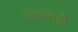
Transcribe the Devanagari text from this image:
अॅव्होगॅड्रो